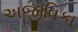
અજીવિકા